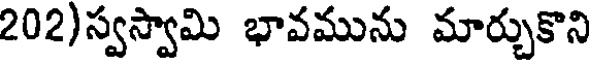
202)స్వస్వామి భావమును మార్చుకొని